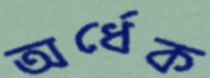
অর্ধেক